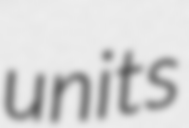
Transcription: units